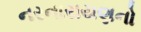
નરનારાયણનો